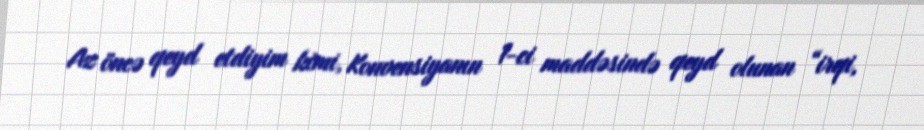
Az öncə qeyd etdiyim kimi, Konvensiyanın 1-ci maddəsində qeyd olunan “irqi,